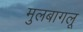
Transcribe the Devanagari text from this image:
मुलबागलू